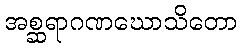
အစ္ဆရာဂဏဃောသိတော